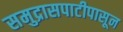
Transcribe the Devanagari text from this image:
समुद्रासपाटीपासून